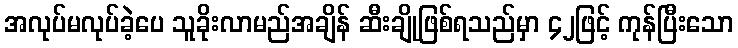
အလုပ်မလုပ်ခဲ့ပေ သူခိုးလာမည်အချိန် ဆီးချိုဖြစ်ရသည်မှာ ၄၂ဖြင့် ကုန်ပြီးသော